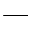
-